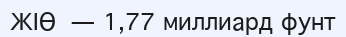
ЖІӨ — 1,77 миллиард фунт